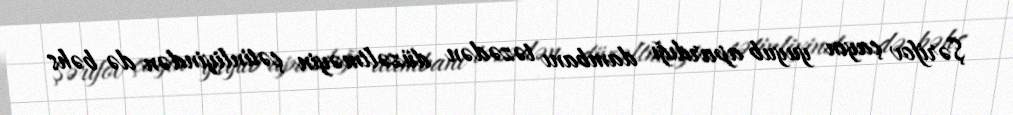
Şərifov çayın yuyub apardığı dambanı təzədən düzəltməyin çətinliyindən də bəhs